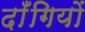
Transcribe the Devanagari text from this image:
दाँगियों